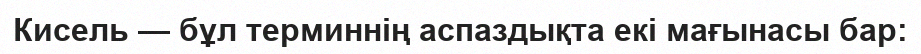
Кисель — бұл терминнің аспаздықта екі мағынасы бар: